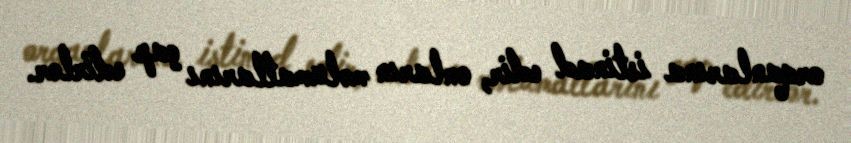
orqanlarına istinad edir, onların məlumatlarını çap edirlər.